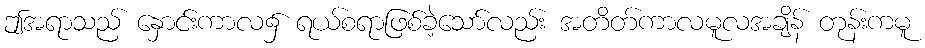
ဤအရာသည် နှောင်းကာလ၌ ရယ်စရာဖြစ်ခဲ့သော်လည်း အတိတ်ကာလမူလအချိန် တုန်းကမူ